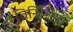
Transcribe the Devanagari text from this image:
विनिशिया